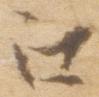
江